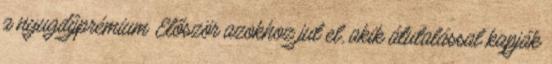
a nyugdíjprémium Először azokhoz jut el, akik átutalással kapják